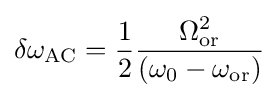
\delta \omega _{\mathrm {AC} }={\frac {1}{2}}{\frac {\Omega _{\mathrm {or} }^{2}}{(\omega _{0}-\omega _{\mathrm {or} })}}